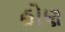
હોણ